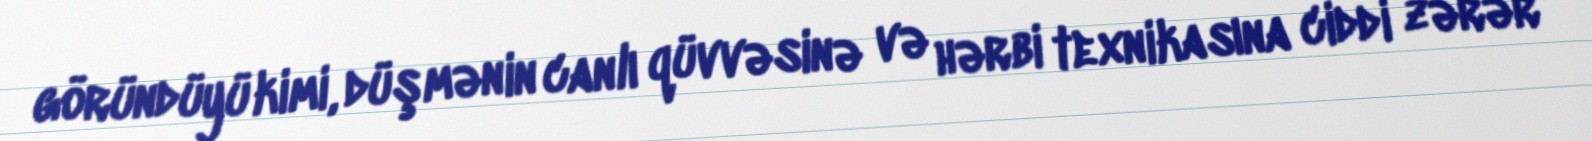
göründüyü kimi, düşmənin canlı qüvvəsinə və hərbi texnikasına ciddi zərər